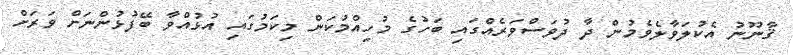
ޤާނޫނު އެކުލަވާލެވެމުން ދާ ދުވަސްވަރެއްގައި ބަހުގެ މުހިއްމުކަން މިކަމުގައި އުޅުއްވާ ބޭފުޅުންނަށް ވަރަށް